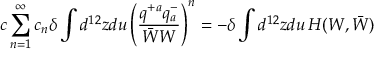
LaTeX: c \sum _ { n = 1 } ^ { \infty } c _ { n } \delta \int d ^ { 1 2 } z d u \left( \frac { q ^ { + a } q _ { a } ^ { - } } { \bar { W } W } \right) ^ { n } = - \delta \int d ^ { 1 2 } z d u \, { \cal H } ( W , \bar { W } )